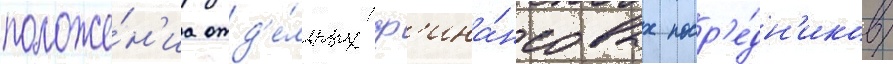
положе́н'иа отд'е́льных ф'ина́нсовых поср'е́дн'иков